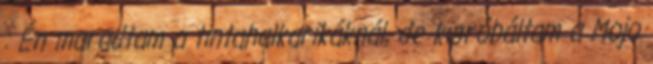
: Én maradtam a tintahalkarikáknál, de kipróbáltam a Mojo